Structure of Hæmatopota pluvialis (Meigen) - Number 55
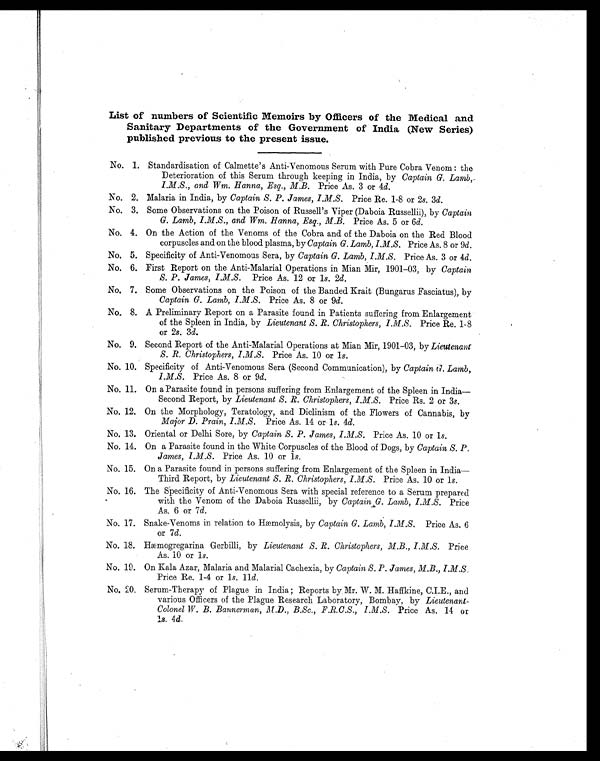
List of numbers of Scientific Memoirs by Officers of the Medical and
Sanitary Departments of the Government of India (New Series)
published previous to the present issue.
No. 1. Standardisation of Calmette's Anti-Venomous Serum with Pure Cobra Venom : the
Deterioration of this Serum through keeping in India, by Captain G. Lamb,
I.M.S., and Wm. Hanna, Esq., M.B. Price As. 3 or 4d.
No. 2. Malaria in India, by Captain S. P. James, I.M.S. Price Re. 1-8 or 2s. 3d.
No. 3. Some Observations on the Poison of Russell's Viper (Daboia Russellii), by Captain
G. Lamb, I.M.S., and Wm. Hanna, Esq., M.B. Price As. 5 or 6 d.
No. 4. On the Action of the Venoms of the Cobra and of the Daboia on the Red Blood
corpuscles and on the blood plasma, by Captain G. Lamb, I .M .S. Price As. 8 or 9d.
No. 5. Specificity of Anti-Venomous Sera, by Captain G. Lamb, I.M.S. Price As. 3 or 4 d.
No. 6. First Report on the Anti-Malarial Operations in Mian Mir, 1901-03, by Captain
S. P. James, I.M.S. Price As. 12 or 1s. 2d.
No. 7. Some Observations on the Poison of the Banded Krait (Bungarus Fasciatus), by
Captain G. Lamb, I.M.S. Price As. 8 or 9d.
No. 8. A Preliminary Report on a Parasite found in Patients suffering from Enlargement
of the Spleen in India, by Lieutenant S. R. Christophers, I.M.S. Price Re. 1-8
or 2s. 3d.
No. 9. Second Report of the Anti-Malarial Operations at Mian Mir, 1901-03, by Lieutenant
S. R. Christophers, I.M.S. Price As. 10 or 1s.
No. 10. Specificity of Anti-Venomous Sera (Second Communication), by Captain G. Lamb,
I.M.S. Price As. 8 or 9d.
No. 11. On a Parasite found in persons suffering from Enlargement of the Spleen in India
—Second Report, by Lieutenant S. R. Christophers, I.M.S. Price Rs. 2 or 3s.
No. 12. On the Morphology, Teratology, and Diclinism of the Flowers of Cannabis, by
Major D. Prain, I.M.S. Price As. 14 or 1s. 4d.
No. 13. Oriental or Delhi Sore, by Captain S. P. James, I.M.S. Price As. 10 or 1s.
No. 14. On a Parasite found in the White Corpuscles of the Blood of Dogs, by Captain S. P.
James, I.M.S. Price As. 10 or 1s.
No. 15. On a Parasite found in persons suffering from Enlargement of the Spleen in India
—Third Report, by Lieutenant S. R. Christophers, I.M.S. Price As. 10 or 1s.
No. 16. The Specificity of Anti-Venomous Sera with special reference to a Serum prepared
with the Venom of the Daboia Russellii, by Captain G. Lamb, I.M.S. Price
As. 6 or 7 d.
No. 17. Snake-Venoms in relation to Hæmolysis, by Captain G. Lamb, I.M.S. Price As. 6
or 7d.
No. 18. Hæmogregarina Gerbilli, by Lieutenant S. R. Christophers, M.B., I.M.S. Price
As. 10 or 1s.
No. 19. On Kala Azar, Malaria and Malarial Cachexia, by Captain S. P. James, M.B., I.M.S
Price Re. 1-4 or 1s. ll d.
No. 20. Serum-Therapy of Plague in India ; Reports by Mr. W. M. Haffkine, C.I.E., and
various Officers of the Plague Research Laboratory, Bombay, by Lieutenant-
Colonel W. B. Bannerman, M.D., B.Sc., F.R.C.S., I.M.S. Price As. 14 or
1 s. 4 d.